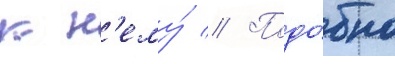
к н'ему́ // Подо́бно